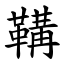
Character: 鞲